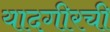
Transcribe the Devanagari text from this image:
यादगीरची